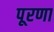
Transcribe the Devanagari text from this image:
पूरणा